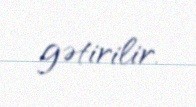
gətirilir.